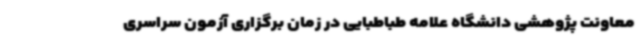
معاونت پژوهشی دانشگاه علامه طباطبایی در زمان برگزاری آزمون سراسری